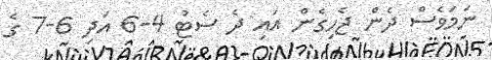
ނަމަވެސް ދެން ޖެހިގެން އައި ދެ ސެޓު 4-6 އަދި 6-7 ގެ